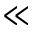
\ll